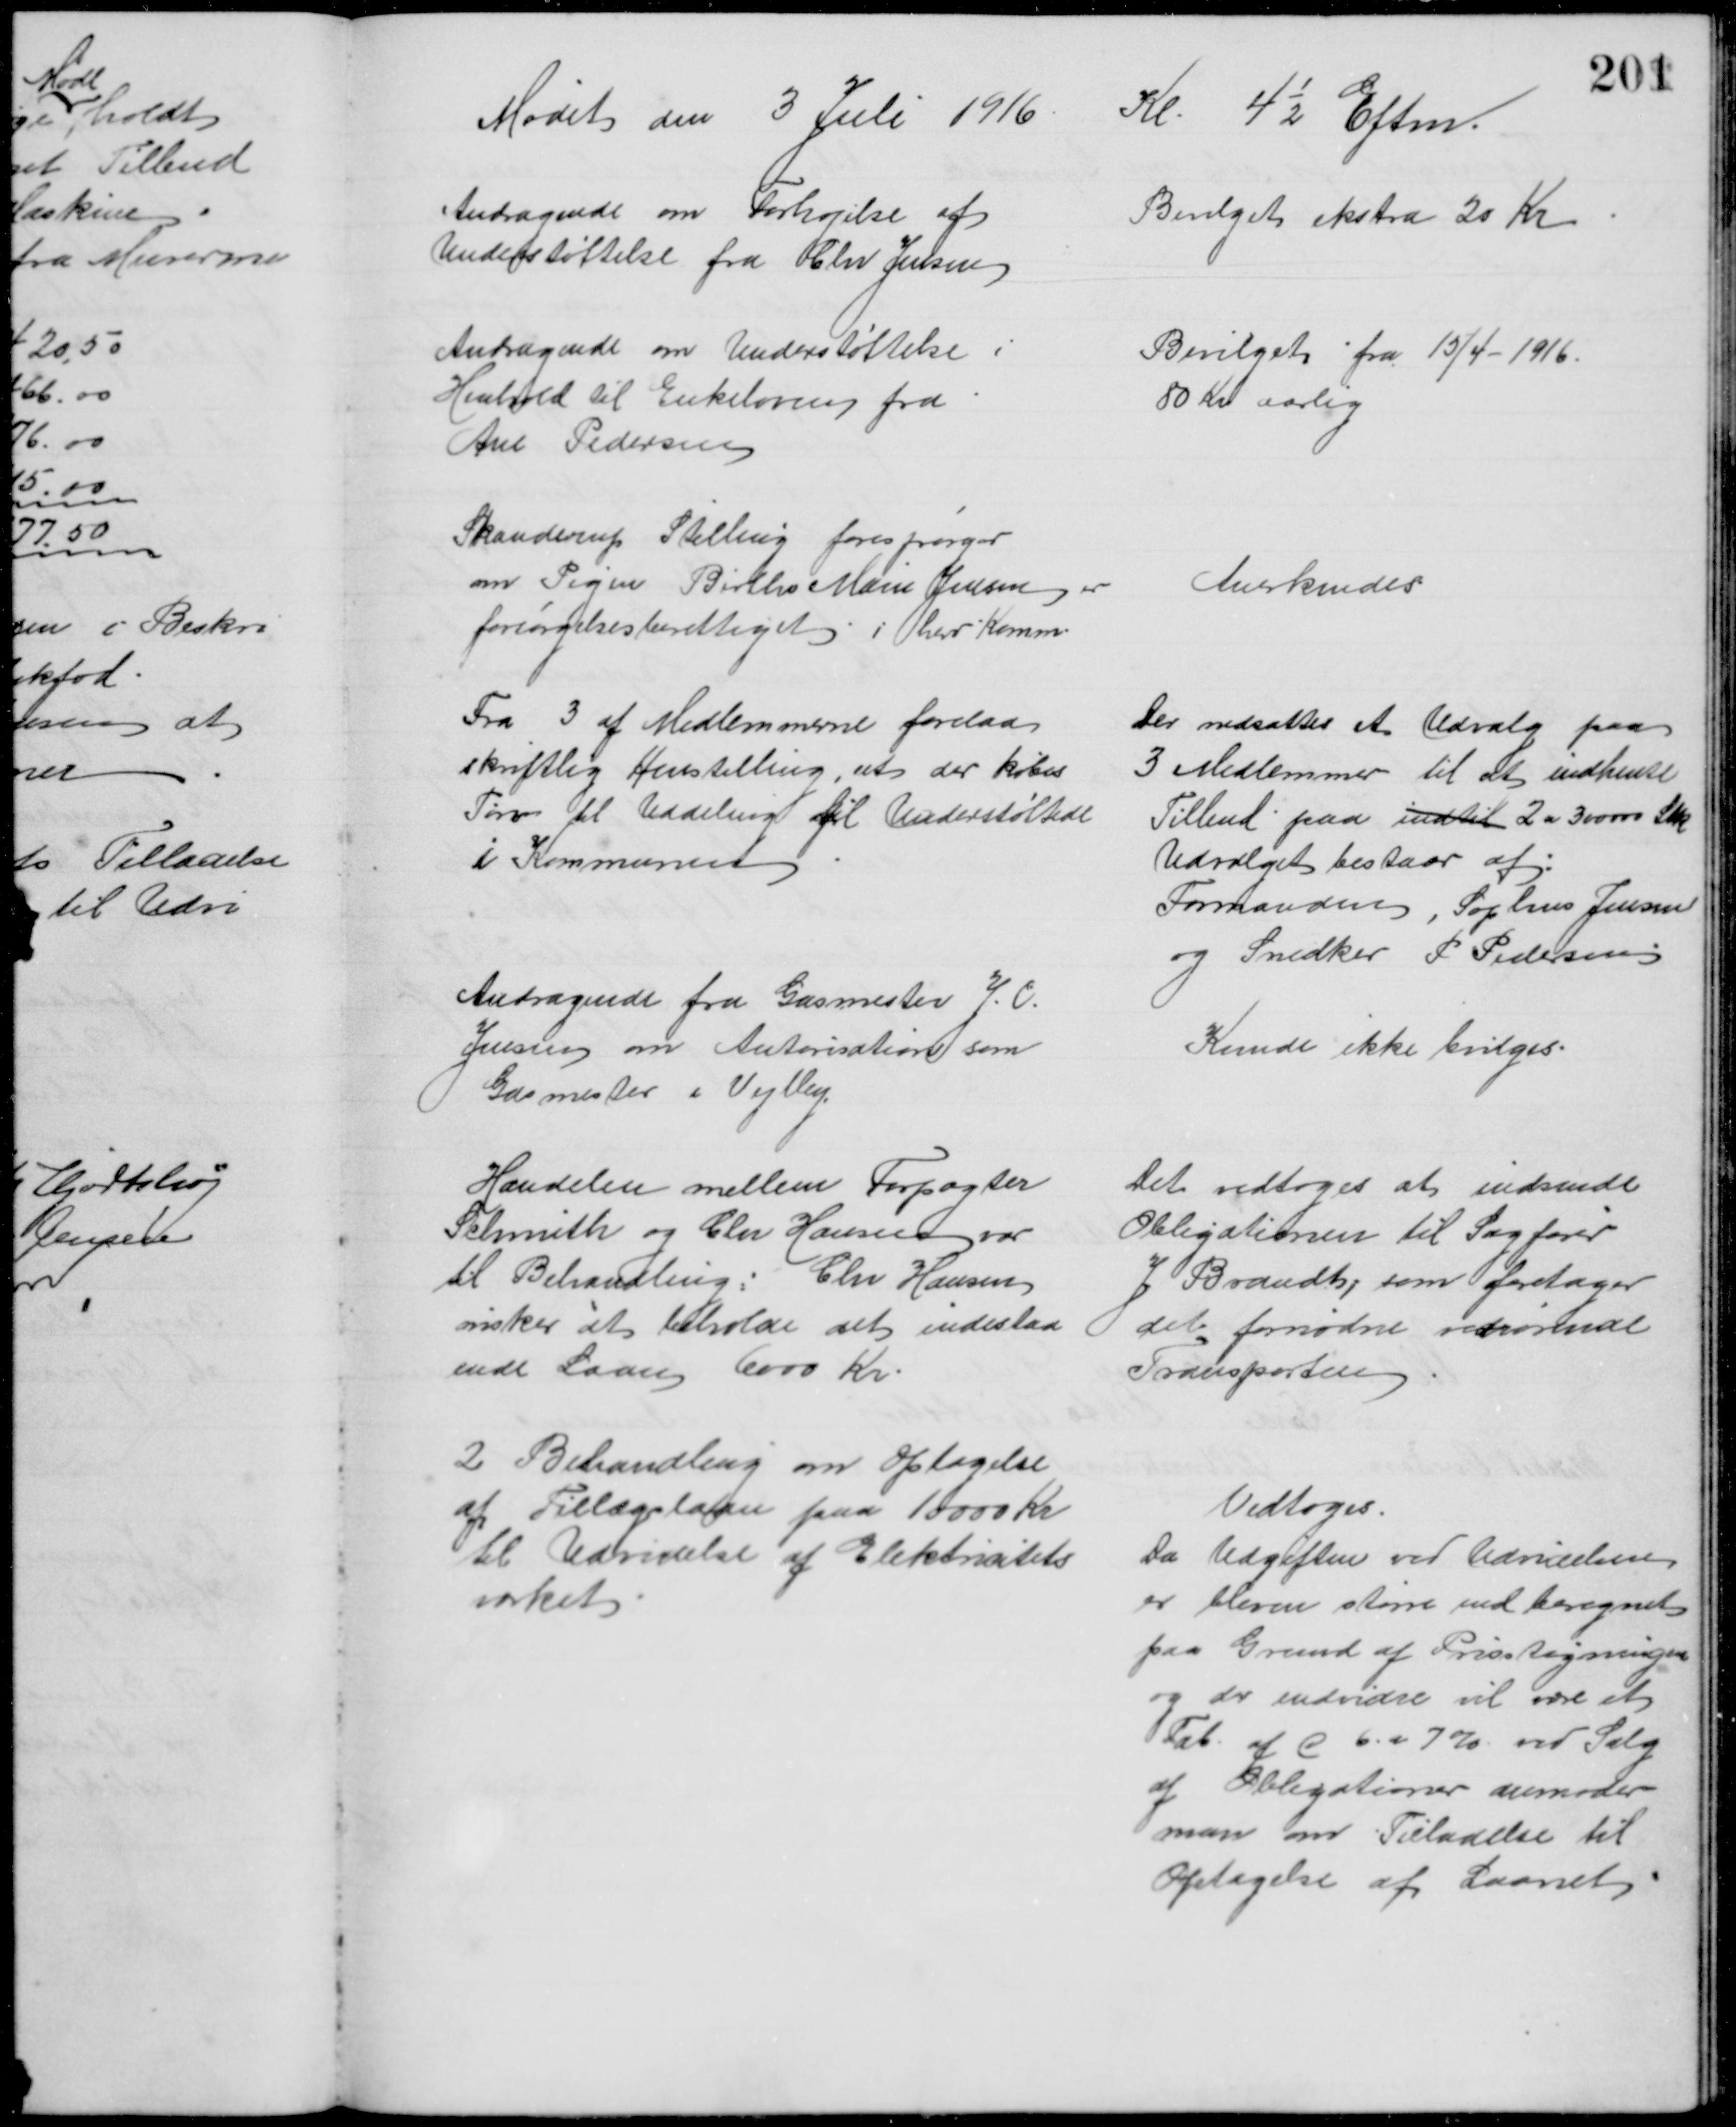
Transskription:
Mødet den 3 Juli 1916 Kl. 4½ Eftm.
Andragende om Forhøjelse af
Understøttelse fra Chr Jensen
Bevilget ekstra 20 Kr
Andragende om Understøttelse i 
Henhold til Enkeloven fra 
Ane Pedersen
Bevilget fra 15/4 - 1916.
80 Kr aarlig
Skanderrup Stilling forespørger
om Pigen Birthe Marie Jensen er
forsørgelsesberettiget i herv Komm
Anerkendes
Fra 3 af Medlemmerne forelaa
skriftlig Henstilling, at der købes
Tørv til Uddeling til Understøttede
i Kommunen
Der nedsattes et Udvalg paa
3 Medlemmer til at indhente
Tilbud paa indtil 2 a 300000 Stk
Udvalget bestaar af:
Formanden, Sophus Jensen
og Snedker P. Pedersen
Andragende fra Gasmester J. C.
Jensen om Autorisation som
Gasmester i Vejlby.
Kunde ikke bevilges.
Handelen mellem Forpagter
Schmith og Chr Hansen var
til Behandling: Chr Hansen
ønsker at beholde det indestaa
ende Laan 6000 Kr.
Det vedtoges at indsende 
Obligationen til Sagfører
J Brandt, som foretager
det fornødne vedrørende 
Transporten
2 Behandling om Optagelse
af Tillægslaan paa 10000 kr
til Udvidelse af Elektricitets
værket
Vedtoges.
Da Udgiften ved Udvidelsen
er bleven større end beregnet
paa Grund af Prisstigningen
og der endvidre vil være et 
Tab af C. 6. a 7% ved Salg
af Obligationer anmoder
man om Tilladelse til
Optagelse af Laanet